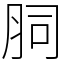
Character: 䏤